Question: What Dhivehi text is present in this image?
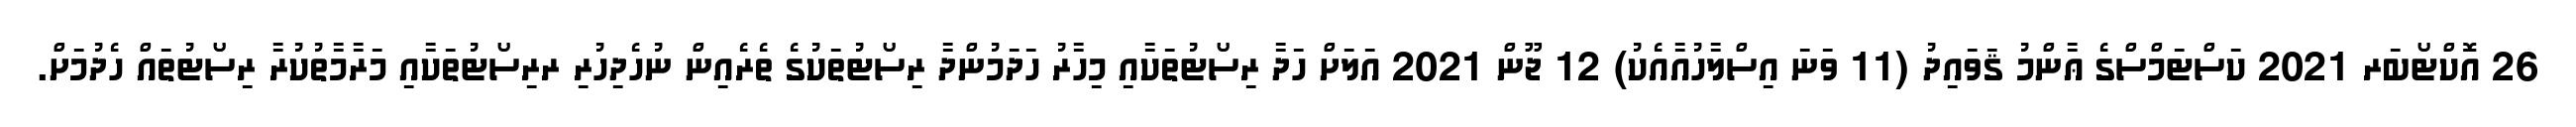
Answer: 26 އޮކްޓޯބަރ 2021 ކަސްޓަމްސްގެ ޢާންމު ޤަވައިދު (11 ވަނަ އިސްލާހުއާއެކު) 12 ޖޫން 2021 އަލަށް ހަދާ ރިސޯޓުތަކާއި މިހާރު ހަދަމުންދާ ރިސޯޓުތަކުގެ ތެރެއިން ނުހެދިހުރި ރރިސޯޓުތަކާއި މަރާމާތުކުރާ ރިސޯޓުތައް ހެދުމަށް.